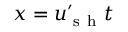
x = u _ { \mathrm { ~ s ~ h ~ } } ^ { \prime } t